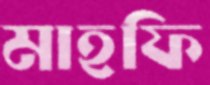
মাহফি